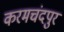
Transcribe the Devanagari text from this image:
करमचंदपुर